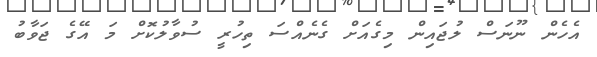
އެހެން ނޫނަސް ލުޖައިން މިގެއަށް ގެނެއްސަ ތިހުރީ ސުވާލުކޮށް މަ އޭގެ ޖަވާބު